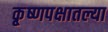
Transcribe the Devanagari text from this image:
कृ्ष्णपक्षातल्या